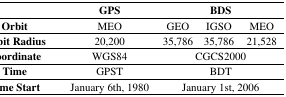
<table><thead><tr><td></td><td><b>GPS</b></td><td colspan="3"><b>BDS</b></td></tr></thead><tbody><tr><td><b>Orbit</b></td><td>MEO</td><td>GEO</td><td>IGSO</td><td>MEO</td></tr><tr><td><b>Orbit Radius</b></td><td>20,200</td><td>35,786</td><td>35,786</td><td>21,528</td></tr><tr><td><b>Coordinate</b></td><td>WGS84</td><td colspan="3">CGCS2000</td></tr><tr><td><b>Time</b></td><td>GPST</td><td colspan="3">BDT</td></tr><tr><td><b>Time Start</b></td><td>January 6th, 1980</td><td colspan="3">January 1st, 2006</td></tr></tbody></table>